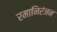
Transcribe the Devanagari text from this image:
रमानिरंजन